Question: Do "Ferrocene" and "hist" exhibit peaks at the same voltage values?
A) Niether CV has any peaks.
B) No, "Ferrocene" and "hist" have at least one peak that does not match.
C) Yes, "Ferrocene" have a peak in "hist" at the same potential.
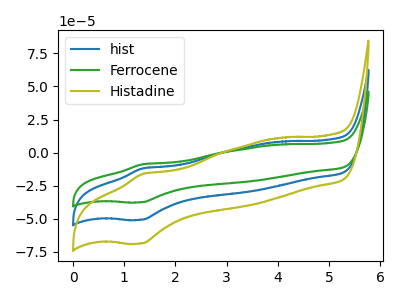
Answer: <think>The blue curve "hist" has an anodic peak at (1.35V, -11.90uA) and a cathodic peak at (1.35V, -50.75uA). The green curve "Ferrocene" has an anodic peak at (1.35V, -8.80uA) and a cathodic peak at (1.35V, -37.50uA). The olive curve "Histadine" has an anodic peak at (1.35V, -23.75uA) and a cathodic peak at (1.35V, -101.50uA).</think>
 <answer>C) Yes, "Ferrocene" have a peak in "hist" at the same potential.</answer>
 <eval>C</eval>